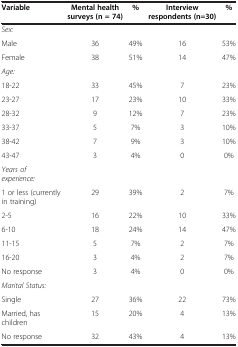
<table><thead><tr><td><b>Variable</b></td><td><b>Mental health surveys (n = 74)</b></td><td><b>%</b></td><td><b>Interview respondents (n=30)</b></td><td><b>%</b></td></tr></thead><tbody><tr><td><i>Sex:</i></td><td> </td><td> </td><td> </td><td> </td></tr><tr><td>Male</td><td>36</td><td>49%</td><td>16</td><td>53%</td></tr><tr><td>Female</td><td>38</td><td>51%</td><td>14</td><td>47%</td></tr><tr><td><i>Age:</i></td><td> </td><td> </td><td> </td><td> </td></tr><tr><td>18-22</td><td>33</td><td>45%</td><td>7</td><td>23%</td></tr><tr><td>23-27</td><td>17</td><td>23%</td><td>10</td><td>33%</td></tr><tr><td>28-32</td><td>9</td><td>12%</td><td>7</td><td>23%</td></tr><tr><td>33-37</td><td>5</td><td>7%</td><td>3</td><td>10%</td></tr><tr><td>38-42</td><td>7</td><td>9%</td><td>3</td><td>10%</td></tr><tr><td>43-47</td><td>3</td><td>4%</td><td>0</td><td>0%</td></tr><tr><td><i>Years of experience:</i></td><td> </td><td> </td><td> </td><td> </td></tr><tr><td>1 or less (currently in training)</td><td>29</td><td>39%</td><td>2</td><td>7%</td></tr><tr><td>2-5</td><td>16</td><td>22%</td><td>10</td><td>33%</td></tr><tr><td>6-10</td><td>18</td><td>24%</td><td>14</td><td>47%</td></tr><tr><td>11-15</td><td>5</td><td>7%</td><td>2</td><td>7%</td></tr><tr><td>16-20</td><td>3</td><td>4%</td><td>2</td><td>7%</td></tr><tr><td>No response</td><td>3</td><td>4%</td><td>0</td><td>0%</td></tr><tr><td><i>Marital Status:</i></td><td> </td><td> </td><td> </td><td> </td></tr><tr><td>Single</td><td>27</td><td>36%</td><td>22</td><td>73%</td></tr><tr><td>Married, has children</td><td>15</td><td>20%</td><td>4</td><td>13%</td></tr><tr><td>No response</td><td>32</td><td>43%</td><td>4</td><td>13%</td></tr></tbody></table>